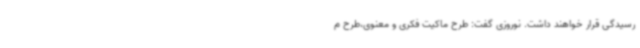
رسیدگی قرار خواهند داشت. نوروزی گفت: طرح ماکیت فکری و معنوی،طرح م